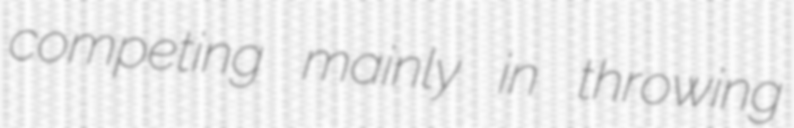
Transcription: competing mainly in throwing